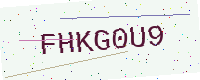
Text: FHKG0U9